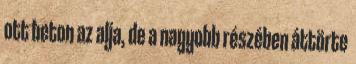
ott beton az alja, de a nagyobb részében áttörte